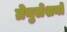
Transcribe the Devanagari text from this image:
ग्रेनुलेशनों